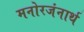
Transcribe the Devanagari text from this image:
मनोरजंनार्थ